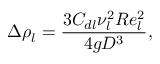
\Delta \rho _ { l } = \frac { 3 C _ { d l } \nu _ { l } ^ { 2 } R e _ { l } ^ { 2 } } { 4 g D ^ { 3 } } ,